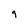
Character: g